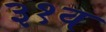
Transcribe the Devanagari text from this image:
३१व